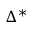
\Delta ^ { * }